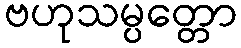
ဗဟုသမ္ပတ္တော